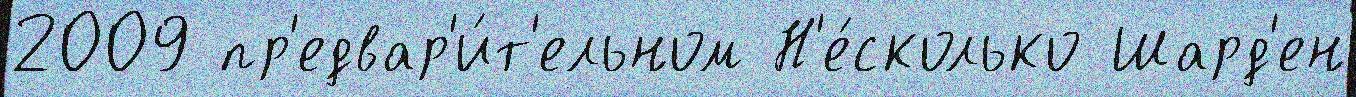
2009 пр'едвар'и́т'ельном Н'е́сколько Шард'ен